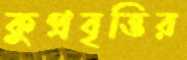
কুপ্রবৃত্তির